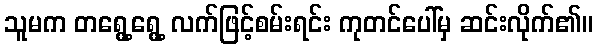
သူမက တရွေ့ရွေ့ လက်ဖြင့်စမ်းရင်း ကုတင်ပေါ်မှ ဆင်းလိုက်၏။